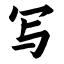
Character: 写